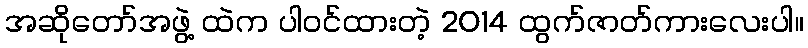
အဆိုတော်အဖွဲ့ ထဲက ပါဝင်ထားတဲ့ 2014 ထွက်ဇာတ်ကားလေးပါ။